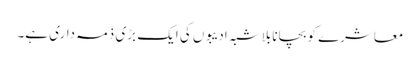
معاشرے کو بچانا بلاشبہ ادیبوں کی ایک بڑی ذمہ داری ہے۔